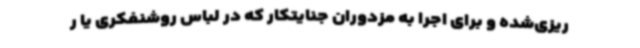
ریزی‌شده و برای اجرا به مزدوران جنایتکار که در لباس روشنفکری یا ر